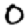
Digit: 0